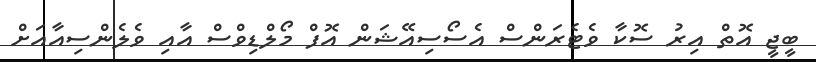
ބީޖީ އޮތް އިރު ސޮކާ ވެޓެރަންސް އެސޯސިއޭޝަން އޮފް މޯލްޑިވްސް އާއި ވެލެންސިއާއަށް